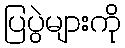
ပြပွဲများကို